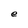
Character: e